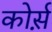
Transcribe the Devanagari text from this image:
कोर्स़